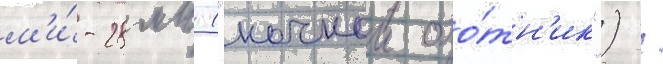
м'и́-28мн ("ночнои охо́тн'ик") /